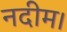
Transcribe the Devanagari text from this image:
नदीम।